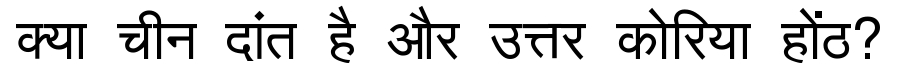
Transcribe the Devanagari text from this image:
क्या चीन दांत है और उत्तर कोरिया होंठ?